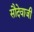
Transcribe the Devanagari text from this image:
सौदेवाजी